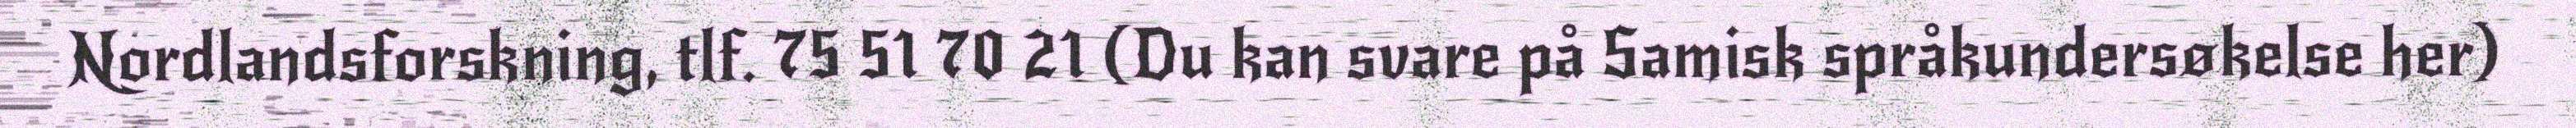
Nordlandsforskning, tlf. 75 51 70 21 (Du kan svare på Samisk språkundersøkelse her)